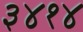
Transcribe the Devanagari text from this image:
३४१४